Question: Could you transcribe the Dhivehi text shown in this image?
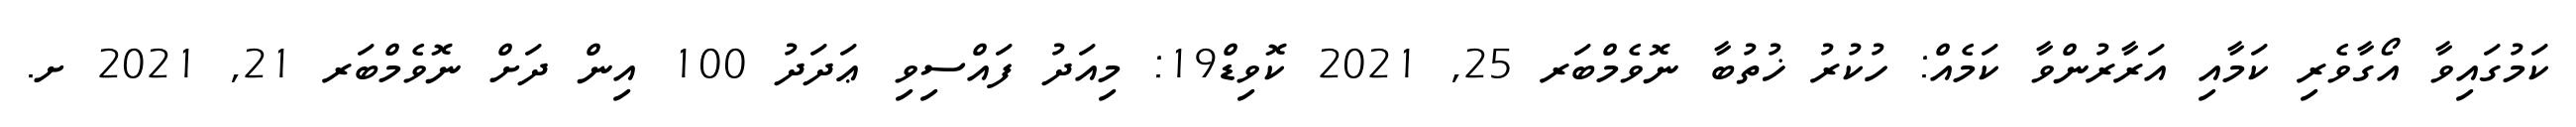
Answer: ކަމުގައިވާ އޯގާވެރި ކަމާއި އަރާރުންވާ ކަމެއް: ހުކުރު ޚުތުބާ ނޮވެމްބަރ 25, 2021 ކޮވިޑް19: މިއަދު ފައްސިވި ޢަދަދު 100 އިން ދަށް ނޮވެމްބަރ 21, 2021 ށ.